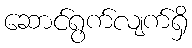
ဆောင်ရွက်လျက်ရှိ